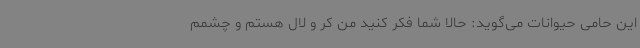
این حامی حیوانات می‌گوید: حالا شما فکر کنید من کر و لال هستم و چشمم